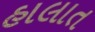
હાલાત